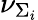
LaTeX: \nu_{\Sigma_{i}}